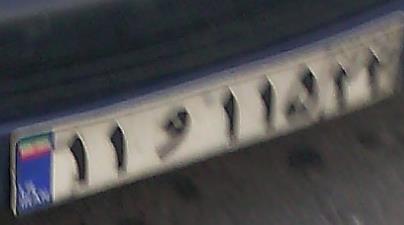
۱۱و۱۱۵۲۲